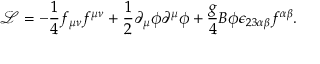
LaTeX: { \mathcal { L } } = - \frac { 1 } { 4 } f _ { \mu \nu } f ^ { \mu \nu } + \frac { 1 } { 2 } \partial _ { \mu } \phi \partial ^ { \mu } \phi + \frac { g } { 4 } B \phi \epsilon _ { 2 3 \alpha \beta } f ^ { \alpha \beta } .